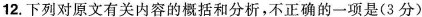
12.下列对原文有关内容的概括4分析不正确的一项是(3 分)